Indian journal of veterinary science and animal husbandry - Volumes 26-27, 1956-1957
Year: 1956
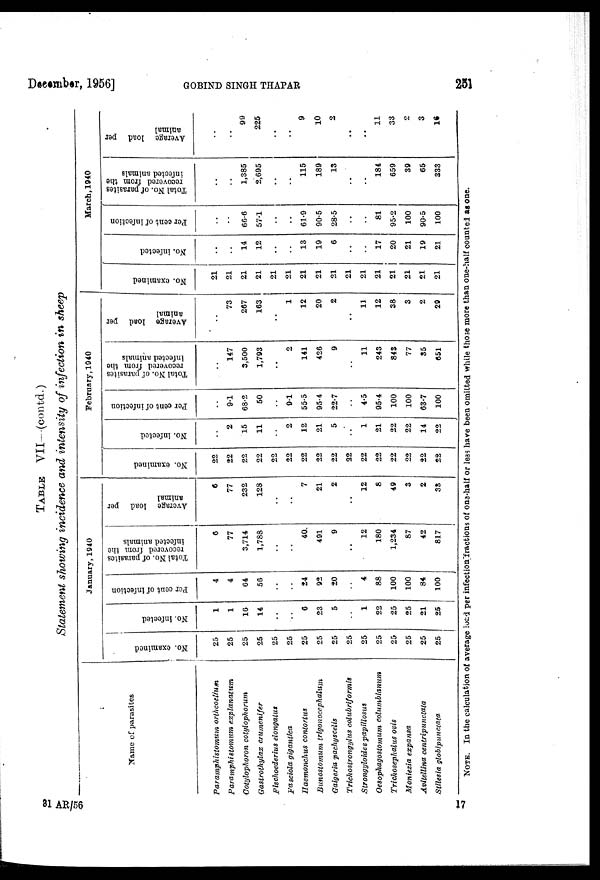
December, 1956]
GOBIND
SINGH
THAPAR
251
TABLE VII—(contd.)
Statement showing incidence and intensity of infection in sheep
Name of parasites
Paramphistomum
orthcoetium
Paramphistomum
explanatum
Cotylophoron cotylophorum
Gastrothylax crumenifer
Fischoederius elongatus
Fasciola gigantica
Haemonchus contortus
Bunostomum trigonocephalum
Gaigeria pachyscelis
Trichostrongylus colubriformis
Strongyloides papillosus
Oesophagostomum columbianum
Trichosephalus ovis
Moniezia expansa
Avitellina centripunctata
Stilesia globipunctata
January, 1940
No. examined
25
25
25
25
25
25
25
25
25
25
25
25
25
25
25
25
No. infected
1
1
16
14
..
..
6
23
5
..
1
22
25
25
21
25
Per cent of infection
4
4
64
56
..
..
24
92
20
..
4
88
100
100
84
100
Total No. of parasites
recovered from the
infected animals
6
77
3,714
1,788
..
..
40
491
9
..
12
180
1,234
87
42
817
Average load per
animal
6
77
232
128
..
..
7
21
2
..
12
8
49
3
2
33
February, 1940
No. examined
22
22
22
22
22
22
22
22
22
22
22
22
22
22
22
22
No. infected
..
2
15
11
..
2
12
21
5
..
1
21
22
22
14
22
Per cent of infection
..
9.1
68.2
50
..
9.1
55.5
95.4
22.7
..
4.5
95.4
100
100
63.7
100
Total No. of parasites
recovered from the
infected animals
..
147
3,500
1,793
..
2
141
426
9
..
11
243
843
77
35
651
Average load per
animal
..
73
267
163
..
1
12
20
2
..
11
12
38
3
2
29
March, 1940
No. examined
21
21
21
21
21
21
21
21
21
21
21
21
21
21
21
21
No. infected
..
..
14
12
..
..
13
19
6
..
..
17
20
21
19
21
Per cent of infection
..
..
66.6
57.1
..
..
61.9
90.5
28.5
..
..
81
95.2
100
90.5
100
Total No. of parasites
recovered from the
infected animals
..
..
1,385
2,695
..
..
115
189
13
..
..
184
659
39
65
333
Average load per
animal
..
..
99
225
..
..
9
10
2
..
..
11
33
2
3
16
NOTE. In the calculation of average load per infection fractions of one-half or less have been omitted while those more than one-half counted as one.
31 AR/56
17